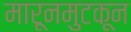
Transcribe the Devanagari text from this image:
मारूनमुटकून